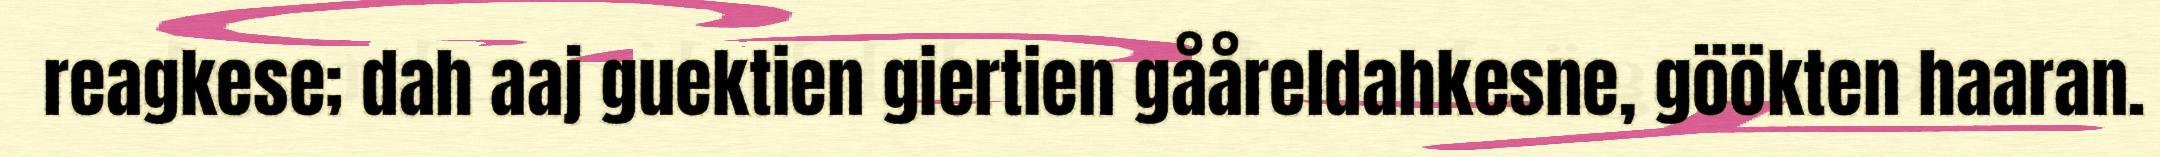
reagkese; dah aaj guektien giertien gååreldahkesne, göökten haaran.